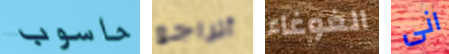
حاسوب أتراجع الغوغاء انى